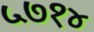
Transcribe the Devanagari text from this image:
५७१४